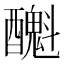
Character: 𨣫